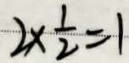
2 \times \frac { 1 } { 2 } = 1